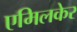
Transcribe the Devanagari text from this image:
एमिलकेर